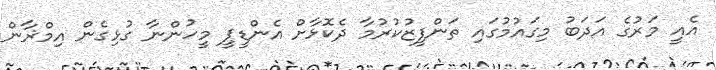
އެއީ މަރުގެ އަދަބު މިގައުމުގައި ތަންފީޒުކުރުމާ ދެކޮޅާށް އެންޑީޕީ މީހުންނާ ގުޅިގެން އިމްޜާން